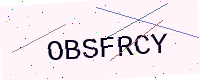
Text: OBSFRCY